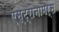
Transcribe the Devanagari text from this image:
एस्ट्रोनामर्स